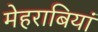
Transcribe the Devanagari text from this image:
मेहराबियां